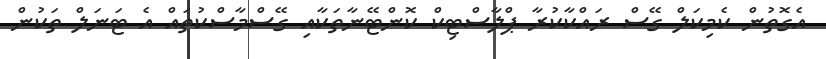
އެގޮތުން ކެމިކަލް ގޭސް ރައްކާކުރާ ޕްލާސްޓިކް ކޮންޓޭނާތަކާއި ގޭސްމާސްކުތައް އެ ޓަނަލް ތަކުން